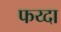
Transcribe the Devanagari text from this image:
फय्दा